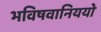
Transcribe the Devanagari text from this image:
भविषवानिययो